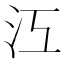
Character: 𣲅